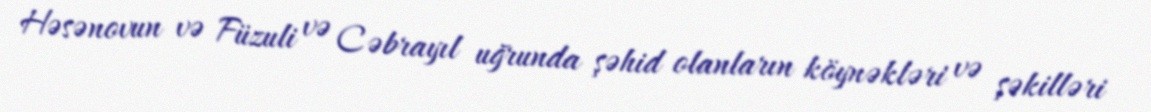
Həsənovun və Füzuli və Cəbrayıl uğrunda şəhid olanların köynəkləri və şəkilləri